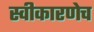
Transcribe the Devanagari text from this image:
स्वीकारणेच